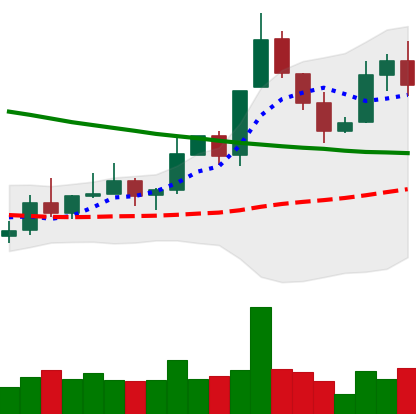
Ticker: XLM-USD
Chart end date: 2019-11-12
Forward return: -6.403%
Label: down_5_7